Vaccination in Burma 1920-1933 - 1920-1933
Year: 1920
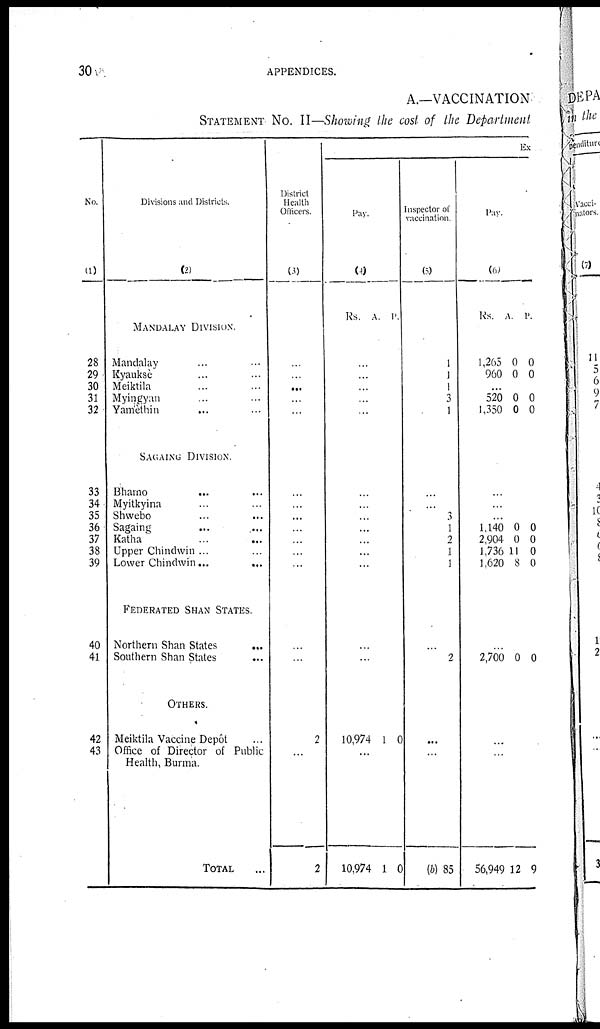
30
APPENDICES.
A.—VACCINATION
STATEMENT No. II—Showing the cost of the Department
No.
(1)
28
29
30
31
32
33
34
35
36
37
38
39
40
41
42
43
Divisions and Districts.
(2)
MANUALAY DIVISION.
Mandalay ... ...
Kyauksè ... ...
Meiktila ... ...
Myingyan ... ...
Yamèthin ... ...
SAGAING DIVISION.
Bhaino
... ...
Myitkyina ... ...
Shwebo ... ...
Sagaing ... ...
Katha ... ...
Upper Chindwin ... ...
Lower Chindwin...
...
FEDERATED SHAN STATES.
Northern Shan States
...
Southern Shan States ...
OTHERS.
Meiktila Vaccine Depôt ...
Office of Director of Public
Health, Burma.
TOTAL ...
District
Health
Officers.
(3)
...
...
...
...
...
...
...
...
...
...
...
...
...
...
2
...
2
Ex
Pay.
(4)
Rs. A. P.
...
...
...
...
...
...
...
...
...
...
...
...
...
...
10,974 1 0
...
10,974 1 0
Inspector of
vaccination.
(5)
1
1
1
3
1
...
...
3
1
2
1
1
...
2
...
...
(b) 85
Pay.
(6)
Rs.
1,265
960
A.
0
0
P.
0
0
...
520
1,350
0
0
0
0
...
...
...
1,140
2,904
1,736
1,620
0
0
11
8
0
0
0
0
...
2,700 0 0
...
...
56,949 12 9